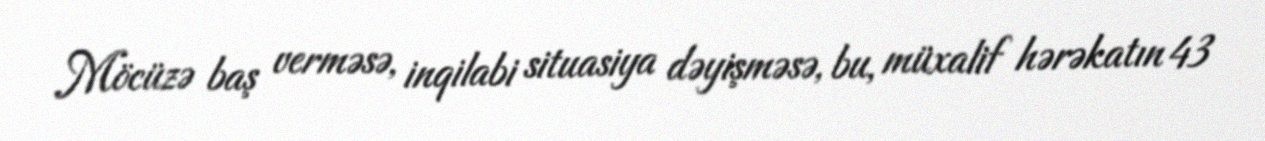
Möcüzə baş verməsə, inqilabi situasiya dəyişməsə, bu, müxalif hərəkatın 43